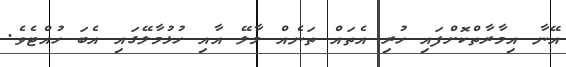
އޭނާ އިމާރާތްކޮށްފައި ހުރި އެތައް ތަނެއް މާލޭ އާއި ހުޅުމާލޭގައި އެބަ ހުއްޓެވެ.